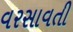
વરસાવતી